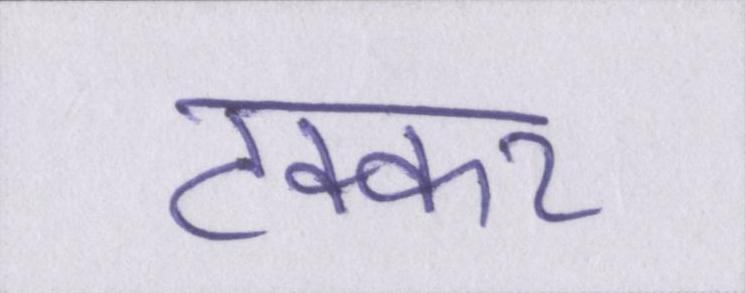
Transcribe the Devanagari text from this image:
टक्कर